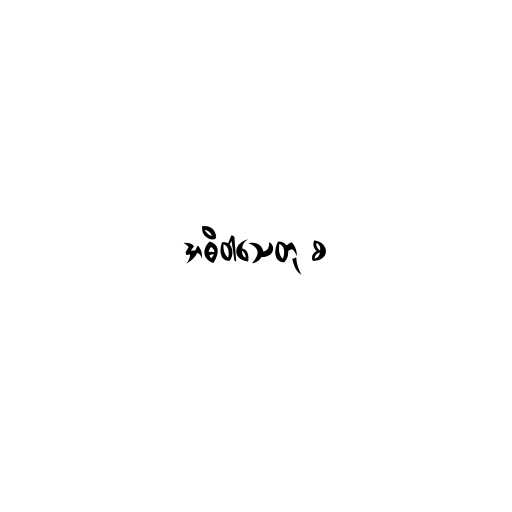
အဓိဝါသေတု စ